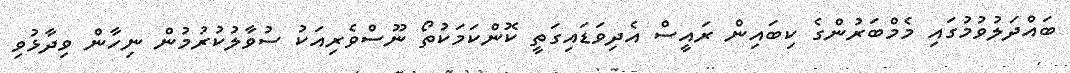
ބައްދަލުވުމުގައި މެމްބަރުންގެ ކިބައިން ރައީސް އެދިވަޑައިގަތީ ކޮންކަމަކުތޯ ނޫސްވެރިއަކު ސުވާލުކުރުމުން ނިހާން ވިދާޅުވި